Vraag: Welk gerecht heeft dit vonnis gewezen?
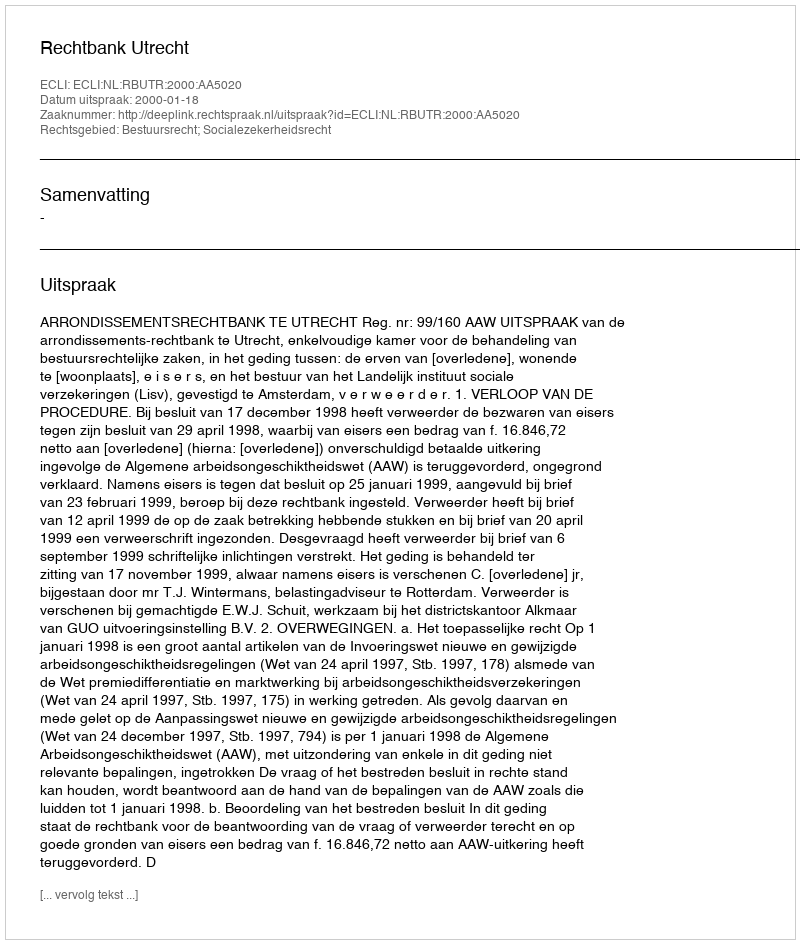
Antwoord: Rechtbank Utrecht